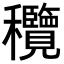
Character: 𥤝